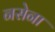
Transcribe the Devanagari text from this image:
नसेना